Vaccination North-Western Provinces and Oudh 1896-1901 - 1896-1901
Year: 1896
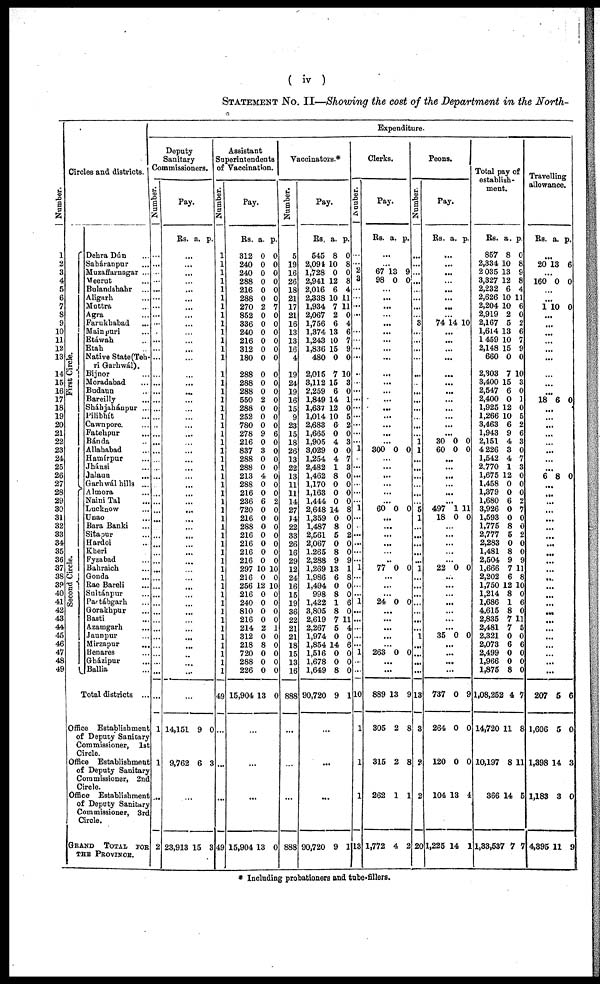
( iv )
STATEMENT No. II—Showing the cost of the Department in the North-
Number.
1
2
3
4
5
6
7
8
9
10
11
12
13
14
15
16
17
18
19
20
21
22
23
24
25
26
27
28
29
30
31
32
33
34
35
36
37
38
39
40
41
42
43
44
45
46
47
48
49
Circles and districts.
First Circle.
Second Circle.
Dehra Dún ...
Saháranpur ...
Muzaffarnagar ...
Meerut ...
Bulandshahr ...
Aligarh ...
Muttra ...
Agra ...
Farukhabad ...
Mainpuri ...
Etáwah ...
Etah ...
Native State (Teh¬
ri Garhwál).
Bijnor ...
Moradabad ...
Budaun ...
Bareilly ...
Sháhjahánpur ...
Pilibhít ...
Cawnpore. ...
Fatehpur ...
Bánda ...
Allahabad ...
Hamírpur ...
Jhánsi ...
Jalaun ...
Garhwál hills ...
Almora ...
Naini Tal ...
Lucknow ...
Unao ...
Bara Banki ...
Sitapur ...
Hardoi ...
Kheri ...
Fyzabad ...
Bahraich ...
Gonda ...
Rae Bareli ...
Sultánpur ...
Partábgarh ...
Gorakhpur ...
Basti ...
Azamgarh ...
Jaunpur...
Mirzapur ...
Benares ...
Gházipur ...
Ballia ...
Total districts ...
Office Establishment
of Deputy Sanitary
Commissioner, 1st
Circle.
Office Establishment
of Deputy Sanitary
Commissioner, 2nd
Circle.
Office Establishment
of Deputy Sanitary
Commissioner, 3rd
Circle.
GRAND TOTAL FOR
THE PROVINCE.
Expenditure.
Deputy
Sanitary
Commissioners.
Number.
...
...
...
...
...
...
...
...
...
...
...
...
...
...
...
...
...
...
...
...
...
...
...
...
...
...
...
...
...
...
...
...
...
...
...
...
...
...
...
...
...
...
...
...
...
...
...
1
1
...
2
Pay.
Rs. a. p.
...
...
...
...
...
...
...
...
...
...
...
...
...
...
...
...
...
...
...
...
...
...
...
...
...
...
...
...
...
...
...
...
...
...
...
...
...
...
...
...
...
...
...
...
...
...
...
...
...
...
14,151
9,762
9
6
0
3
...
23,913 15 3
Assistant
Superintendents
of Vaccination.
Number.
1
1
1
1
1
1
1
1
1
1
1
1
1
1
1
1
1
1
1
1
1
1
1
1
1
1
1
1
1
1
1
1
1
1
1
1
1
1
1
1
1
1
1
1
1
1
1
1
1
49
...
...
...
49
Pay.
Rs.
312
240
240
288
216
288
270
852
336
240
216
312
180
288
288
288
550
288
252
780
278
216
837
288
288
213
288
216
236
720
216
288
216
216
216
216
297
216
256
216
240
810
216
214
312
218
720
288
226
15,904
a.
0
0
0
0
0
0
2
0
0
0
0
0
0
0
0
0
2
0
0
0
9
0
3
0
0
4
0
0
6
0
0
0
0
0
0
0
10
0
12
0
0
0
0
2
0
8
0
0
0
13
p.
0
0
0
0
0
0
7
0
0
0
0
0
0
0
0
0
0
0
0
0
6
0
0
0
0
0
0
0
2
0
0
0
0
0
0
0
10
0
10
0
0
0
0
1
0
0
0
0
0
0
...
...
...
15,904 13 0
Vaccinators.*
Number.
5
19
16
26
18
21
17
21
16
13
13
16
4
19
24
19
16
15
9
23
15
18
26
13
22
13
11
11
14
27
14
22
33
26
16
29
12
24
16
15
19
36
22
21
21
18
15
13
16
888
...
...
...
888
Pay.
Rs.
545
2,094
1,728
2,941
2,016
2,338
1,934
2,067
1,756
1,374
1,243
1,836
480
2,015
3,112
2,259
1,849
1,637
1,014
2,683
1,665
1,905
3,029
1,254
2,482
1,462
1,170
1,163
1,444
2,648
1,359
1,487
2,561
2,067
1,265
2,288
1,269
1,986
1,494
998
1,422
3,805
2,619
2,267
1,974
1,854
1,516
1,678
1,649
90,720
a.
8
10
0
12
6
10
7
2
6
13
10
15
0
7
15
6
14
12
10
6
0
4
0
4
1
8
0
0
0
14
0
8
5
0
8
9
13
6
0
8
1
8
7
5
0
14
0
0
8
9
p.
0
8
0
8
4
11
11
0
4
6
7
9
0
10
3
0
1
0
5
2
0
3
0
7
3
0
0
0
0
8
0
0
2
0
0
9
1
8
0
0
6
0
11
4
0
6
0
0
0
1
...
...
90,720 9 1
Clerks.
Number.
...
...
2
3
...
...
...
...
...
...
...
...
...
...
...
...
...
...
...
...
...
...
1
...
...
...
...
...
...
1
...
...
...
...
...
...
1
...
...
...
1
...
...
...
...
...
1
...
...
10
1
1
1
13
Pay.
Rs. a. p.
...
...
67
98
13
0
9
0
...
...
...
...
...
...
...
...
...
...
...
...
...
...
...
...
...
...
300 0 0
...
...
...
...
...
...
60 0 0
...
...
...
...
...
..
77 0 0
...
...
...
24 0 0
...
...
...
...
...
263 0 0
...
...
889
805
315
262
1,772
13
2
2
1
4
9
8
8
1
2
Peons.
Number.
...
...
...
...
...
...
...
...
3
...
...
...
...
...
...
...
...
...
...
...
...
1
1
...
...
...
...
...
...
5
1
...
...
...
...
...
1
...
...
...
...
...
...
...
1
...
...
...
...
13
3
2
2
20
Pay.
Rs. a. p.
...
...
...
...
...
...
...
...
74 14 10
...
...
...
...
...
...
...
...
...
...
...
...
30
60
0
0
0
0
...
...
...
...
...
...
497
18
1
0
11
0
...
...
...
...
...
22 0 0
...
...
...
...
...
...
...
35 0 0
...
...
...
...
737
264
120
104
1,225
0
0
0
13
14
9
0
0
4
1
Total pay of
establish-
ment.
Rs.
857
2,334
2,035
3,327
2,232
2,626
2,204
2,919
2,167
1,614
1459
2,148
660
2,303
3,400
2,547
2,400
1,925
1,266
3,463
1,943
2,151
4,226
1,542
2,770
1,675
1,458
1,379
1,680
3,926
1,593
1,775
2,777
2,283
1,481
2,504
1,666
2,202
1,750
1,214
1,686
4,615
2,835
2,481
2,321
2,073
2,499
1,966
1,875
1,08,252
14,720
10,197
366
1,33,537
a.
8
10
13
12
6
10
10
2
5
13
10
15
0
7
15
6
0
12
10
6
9
4
3
4
1
12
0
0
6
0
0
8
5
0
8
9
7
6
12
8
1
8
7
7
0
6
0
0
8
4
11
8
14
7
p.
0
8
9
8
4
11
6
0
2
6
7
9
0
10
3
0
1
0
5
2
6
3
0
7
3
0
0
0
2
7
0
0
2
0
0
9
11
8
10
0
6
0
11
5
0
6
0
0
0
7
8
11
5
7
Travelling
allowance.
Rs. a. p.
...
20 13 6
...
160 0 0
...
...
1 10 0
...
...
...
...
...
...
...
...
...
18 6 0
...
...
...
...
...
...
...
6 8 0
...
...
...
...
...
...
...
...
...
...
...
...
...
...
...
...
...
...
...
...
...
...
207
1,606
1,398
1,183
4,395
5
5
14
3
11
6
0
3
0
9
* Including probationers and tube-fillers.